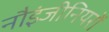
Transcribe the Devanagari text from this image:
नौइंजीनियरों